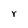
Character: r